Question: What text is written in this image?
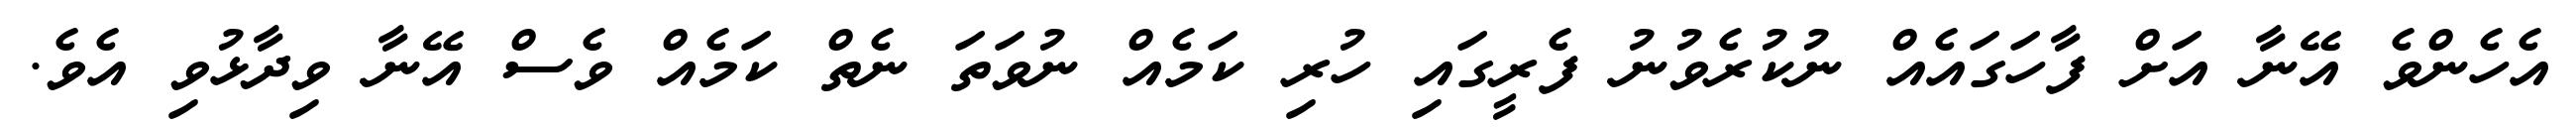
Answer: އެހެންވެ އޭނާ އަށް ފާހަގައެއް ނުކުރެވުނު ފެރީގައި ހުރި ކަމެއް ނުވަތަ ނެތް ކަމެއް ވެސް އޭނާ ވިދާޅުވި އެވެ.